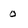
Character: 0